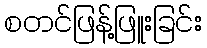
စတင်ဖြန့်ဖြူးခြင်း